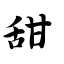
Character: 甜